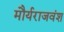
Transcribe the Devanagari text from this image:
मौर्यराजवंश